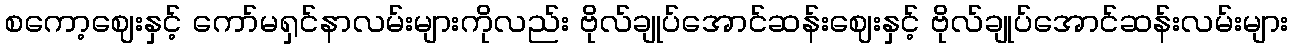
စကော့ဈေးနှင့် ကော်မရှင်နာလမ်းများကိုလည်း ဗိုလ်ချုပ်အောင်ဆန်းဈေးနှင့် ဗိုလ်ချုပ်အောင်ဆန်းလမ်းများ